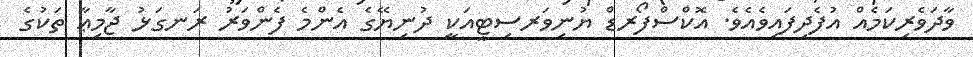
ވާދަވެރިކަމެއް އުފެދިފައިވެއެވެ. އޮކްސްފޯރޑް ޔުނިވަރސިޓީއަކީ ދުނިޔޭގެ އެންމެ ފެންވަރު ރަނގަޅު ޖާމިޢާ ތަކުގެ